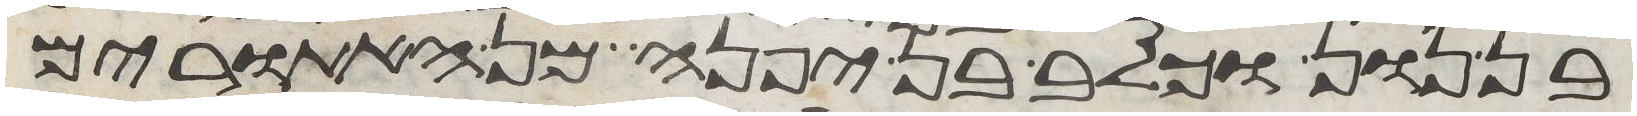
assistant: נון וכלב בן יפנה מן האתורים